Lunatic asylums United Prov. 1922-30 - 1922-1930
Year: 1922
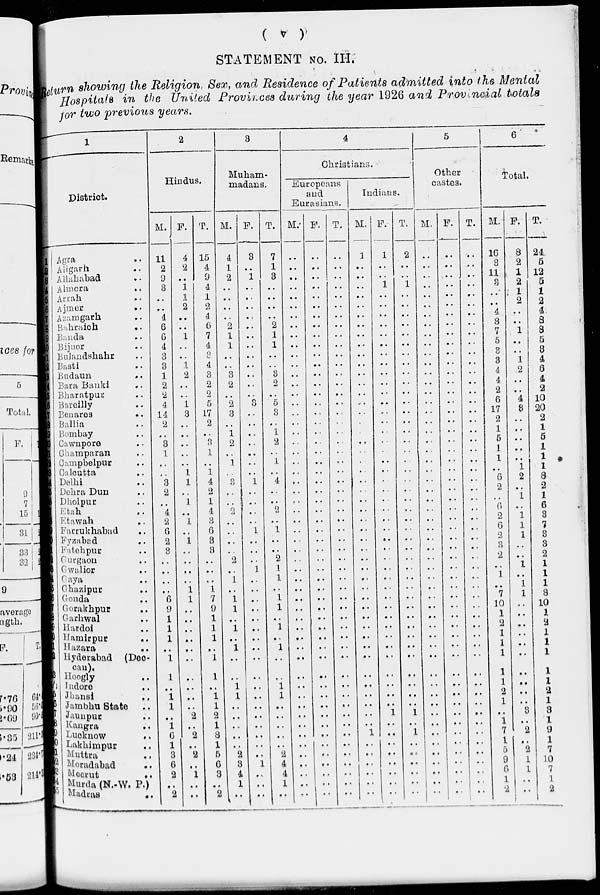
( v )
STATEMENT NO. III.
Return showing the Religion Sex, and Residence of Patients admitted into the Mental
Hospitals in the United Provinces during the year 1926 and Provincial totals
tor two previous years.
1
District.
1
2
3
4
5
6
7
8
9
10
11
12
13
14
15
16
17
18
19
20
21
22
23
24
25
26
27
28
29
30
31
32
33
34
35
36
37
38
39
40
41
42
43
44
45
46
47
48
49
50 51
52
53
54
55
Agra ..
Aligarh ..
Allahabad ..
Almora ..
Arrah ..
Ajmer ..
Azamgarh ..
Bahraich ..
Banda ..
Bijnor ..
Bulandshahr ..
Basti ..
Budaun ..
Bara Banki ..
Bharatpur ..
Bareilly ..
Benares ..
Ballia ..
Bombay ..
Cawnpore ..
Champaran ..
Campbelpur ..
Calcutta ..
Delhi ..
Dehra Dun ..
Dholpur ..
Etah ..
Etawah ..
Farrukhabad ..
Fyzabad ..
Fatehpur ..
Gurgaon ..
Gwalior ..
Gaya ..
Ghazipur ..
Gonda ..
Gorakhupur
..
Gaghwal ..
Hardoi ..
Hamirpur ..
Hazara ..
Hyderabad (Dec¬
can).
Hoogly ..
Indore ..
Jhansi ..
Jambhu State ..
Jaunpur ..
Kangra ..
Lucknow ..
Lakhimpur ..
Muttra ..
Moradabad ..
Meerut ..
Murda (N.-W. P.)
Madras ..
2
Hindus.
M.
11
2
9
3
..
..
4
6
6
4
3
3
1
2
2
4
14
2
..
3
1
..
..
3
2
..
4
2
6
2
3
..
..
..
..
6
9
1
1
1
..
1
1
..
1
1
..
1
6
1
3
6
2
..
2
F.
4
2
..
1
1
2
..
..
1
..
..
1
2
..
..
1
3
..
..
..
..
..
1
1
..
1
..
1
..
1
..
..
..
..
1
1
..
..
..
..
..
..
..
..
..
..
2
..
2
..
2
..
1
..
..
T.
15
4
9
4
1
2
4
6
7
4
3
4
3
2
2
5
17
2
..
3
1
..
1
4
2
1
4
3
6
3
3
..
..
..
1
7
9
1
1
1
..
1
1
..
1
1
2
1
8
1
5
6
3
..
2
3
Muham-
madans.
M.
4
1
2
..
..
..
..
2
1
1
..
..
3
2
..
2
3
..
1
2
..
1
..
3
..
..
2
..
..
..
..
2
..
1
..
1
1
..
1
..
1
..
..
1
1
..
..
..
..
..
2
3
4
1
..
F.
3
..
1
..
..
..
..
..
..
..
..
..
..
..
..
..
..
..
..
..
..
..
..
1
..
..
..
..
1
..
..
..
1
..
..
..
..
..
..
..
..
..
..
..
..
..
..
..
..
..
..
1
..
..
..
T.
7
1
3
..
..
..
..
2
1
1
..
..
3
2
..
5
3
..
1
2
..
1
..
4
..
..
2
..
1
..
..
2
1
1
..
1
1
..
1
..
1
..
..
1
1
..
..
..
..
..
2
4
4
1
..
4
Christians.
Europeans
and
Eurasians.
M.
..
..
..
..
..
..
..
..
..
..
..
..
..
..
..
..
..
..
..
..
..
..
..
..
..
..
..
..
..
..
..
..
..
..
..
..
..
..
..
..
..
..
..
..
..
..
..
..
..
..
..
..
..
..
..
F.
..
..
..
..
..
..
..
..
..
..
..
..
..
..
..
..
..
..
..
..
..
..
..
..
..
..
..
..
..
..
..
..
..
..
..
..
..
..
..
..
..
..
..
..
..
..
..
..
..
..
..
..
..
..
..
T.
..
..
..
..
..
..
..
..
..
..
..
..
..
..
..
..
..
..
..
..
..
..
..
..
..
..
..
..
..
..
..
..
..
..
..
..
..
..
..
..
..
..
..
..
..
..
..
..
..
..
..
..
..
..
..
Indians.
M.
1
..
..
..
..
..
..
..
..
..
..
..
..
..
..
..
..
..
..
..
..
..
..
..
..
..
..
..
..
..
..
..
..
..
..
..
..
..
..
..
..
..
..
..
..
..
..
..
1
..
..
..
..
..
..
F.
1
..
..
1
..
..
..
..
..
..
..
..
..
..
..
..
..
..
..
..
..
..
..
.
..
..
..
..
..
..
..
..
..
..
..
..
..
..
..
..
..
..
..
..
..
..
1
..
..
..
..
..
..
..
..
T.
2
..
..
1
..
..
..
..
..
..
..
..
..
..
..
..
..
..
..
..
..
..
..
..
..
..
..
..
..
..
..
..
..
..
..
..
..
..
..
..
..
..
..
..
..
..
1
..
1
..
..
..
..
..
..
5
Other
castes.
M.
..
..
..
..
..
..
..
..
..
..
..
..
..
..
..
..
..
..
..
..
..
..
..
..
..
..
..
..
..
..
..
..
..
..
..
..
..
..
..
..
..
..
..
..
..
..
..
..
..
..
..
..
..
..
F.
..
..
..
..
..
..
..
..
..
..
..
..
..
..
..
..
..
..
..
..
..
..
..
..
..
..
..
..
..
..
..
..
..
..
..
..
..
..
..
..
..
..
..
..
..
..
..
..
..
..
..
..
..
..
..
T.
..
..
..
..
..
..
..
..
..
..
..
..
..
..
..
..
..
..
..
..
..
..
..
..
..
..
..
..
..
..
..
..
..
..
..
..
..
..
..
..
..
..
..
..
..
..
..
..
..
..
..
..
..
..
..
6
Total.
M.
16
3
11
3
..
..
4
8
7
5
3
3
4
4
2
6
17
2
1
5
1
1
..
6
2
..
6
2
6
2
3
2
..
1
..
7
10
1
2
1
1
1
1
1
2
1
..
1
7
1
5
9
6
1
2
F.
8
2
1
2
1
2
..
..
1
..
..
1
2
..
..
4
3
..
..
..
..
..
1
2
..
1
..
1
1
1
..
..
1
..
1
1
..
..
..
..
..
..
..
..
..
..
3
..
2
..
2
1
1
..
..
T.
24.
5
12
5
1
2
4
8
8
5
3
4
6
4
2
10
20
2
1
5
1
1
1
8
2
1
6
3
7
3
3
2
1
1
1
8
10
1
2
1
1
1
1
1
2
1
3
1
9
1
7
10
7
1
2